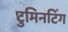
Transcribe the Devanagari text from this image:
टुमिनटिंग